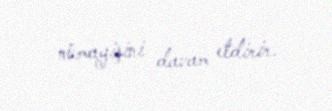
nümayişini davam etdirir.